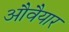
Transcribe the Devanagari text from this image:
औवैयार